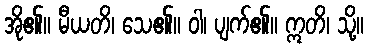
အို၏။ မီယတိ၊ သေ၏။ ဝါ၊ ပျက်၏။ ဣတိ၊ သို့။